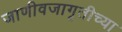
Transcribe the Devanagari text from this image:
जाणीवजागृतीच्या